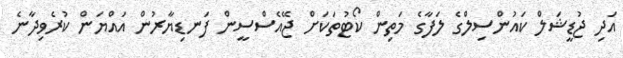
އަދި ޖުޑީޝަލް ކައުންސިލްގެ ލަފާގެ މަތިން ކޯޓުތަކަށް ޖޭއެސްސީން ފަނޑިޔާރުން އައްޔަން ކުރެވިދާނެ